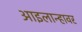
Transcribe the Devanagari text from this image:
आइलान्हावर